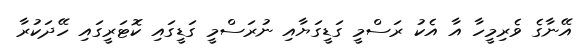
އޭނާގެ ވެރިމީހާ އާ އެކު ރަސްމީ ގަޑީގަޔާއި ނުރަސްމީ ގަޑީގައި ކޮޓަރީގައި ހޭދަކުރާ